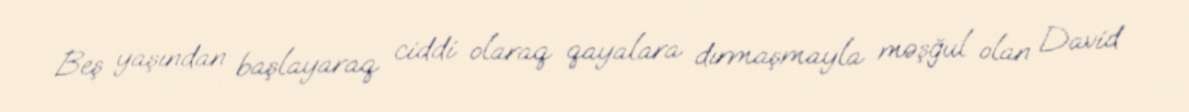
Beş yaşından başlayaraq ciddi olaraq qayalara dırmaşmayla məşğul olan David